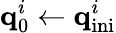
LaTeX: \textbf{q}_{0}^{i}\leftarrow\textbf{q}_{\mathrm{ini}}^{i}